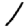
Digit: 1